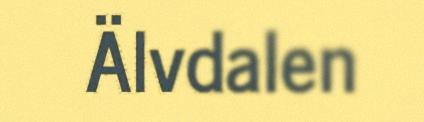
Älvdalen